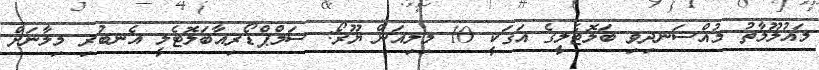
މައުލޫމާތު މުއްސަނދިވި ބަލޮޓެލީގެ އަގަކީ 10 މިލިއަން ޔޫރޯ: ސަމްޕްޑޯރިއާބަލޮޓެލީ އެނބުރި މިލާނަށް